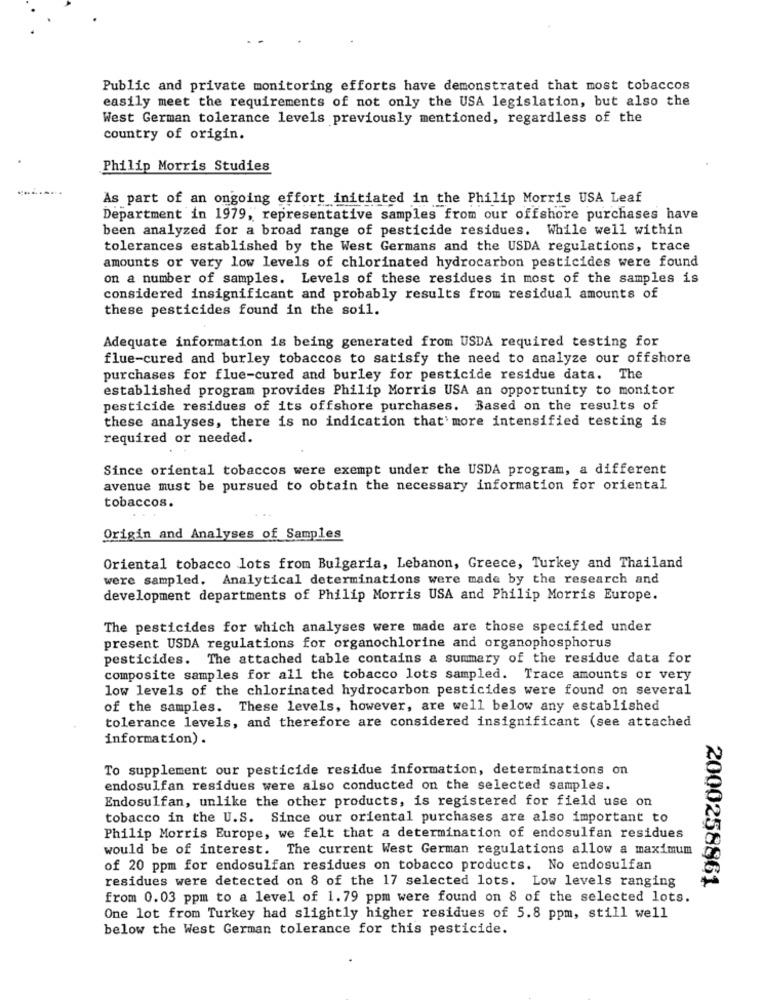
Public and private monitoring efforts have demonstrated that most tobaccos
easily meet the requirements of not only the USA legislation, but also the
West German tolerance levels previously mentioned, regardless of the
country of origin.
Philip Morris Studies
As part of an ongoing effort initiated in the Philip Morris USA Leaf
Department in 1979, representative samples from our offshore purchases have
been analyzed for a broad range of pesticide residues. While well within
tolerances established by the West Germans and the USDA regulations, trace
amounts or very low levels of chlorinated hydrocarbon pesticides were found
on a number of samples. Levels of these residues in most of the samples is
considered insignificant and probably results from residual amounts of
these pesticides found in the soil.
Adequate information is being generated from USDA required testing for
flue-cured and burley tobaccos to satisfy the need to analyze our offshore
purchases for flue-cured and burley for pesticide residue data. The
established program provides Philip Morris USA an opportunity to monitor
pesticide residues of its offshore purchases. Based on the results of
these analyses, there is no indication that'more intensified testing is
required or needed.
Since oriental tobaccos were exempt under the USDA program, a different
avenue must be pursued to obtain the necessary information for oriental
tobaccos.
Origin and Analyses of Samples
Oriental tobacco lots from Bulgaria, Lebanon, Greece, Turkey and Thailand
were sampled. Analytical determinations were made by the research and
development departments of Philip Morris USA and Philip Morris Europe.
The pesticides for which analyses were made are those specified under
present USDA regulations for organochlorine and organophosphorus
pesticides. The attached table contains a summary of the residue data for
composite samples for all the tobacco lots sampled. Trace amounts or very
low levels of the chlorinated hydrocarbon pesticides were found on several
of the samples. These levels, however, are well below any established
tolerance levels, and therefore are considered insignificant (see attached
information) .
To supplement our pesticide residue information, determinations on
endosulfan residues were also conducted on the selected samples.
Endosulfan, unlike the other products, is registered for field use on
tobacco in the U.S. Since our oriental purchases are also important to
Philip Morris Europe, we felt that a determination of endosulfan residues
would be of interest. The current West German regulations allow a maximum
of 20 ppm for endosulfan residues on tobacco products. No endosulfan
residues were detected on 8 of the 17 selected lots. Low levels ranging
2000258861
from 0.03 ppm to a level of 1.79 ppm were found on 8 of the selected lots.
One lot from Turkey had slightly higher residues of 5.8 ppm, still well
below the West German tolerance for this pesticide.